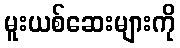
မူးယစ်ဆေးများကို